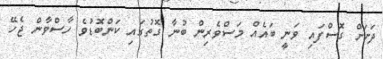
ދަށަށް ގޮސްފައި ވަނީ ބައެއް މަސްވެރިން ބުނާ ގޮތުގައި ކަންބޮޑުވެ ހާސްވާން ޖެހޭ